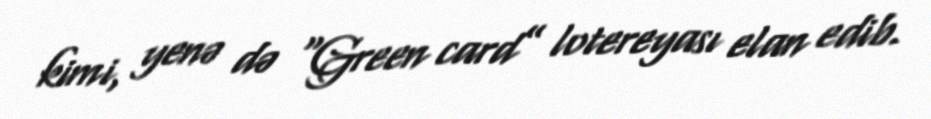
kimi, yenə də “Green card” lotereyası elan edib.